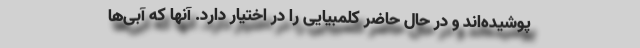
پوشیده‌اند و در حال حاضر کلمبیایی را در اختیار دارد. آنها که آبی‌ها